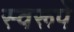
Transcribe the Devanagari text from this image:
स्वरूपें